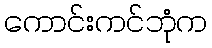
ကောင်းကင်ဘုံက